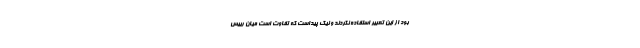
بود از این تعبیر استفاده نکردند و نیک پیداست که تفاوت است میان رییس